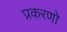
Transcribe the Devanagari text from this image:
प्रकरणो